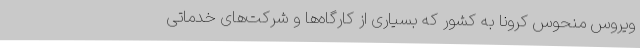
ویروس منحوس کرونا به کشور که بسیاری از کارگاه‌ها و شرکت‌های خدماتی